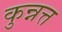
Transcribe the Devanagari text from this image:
कुन्नत्त